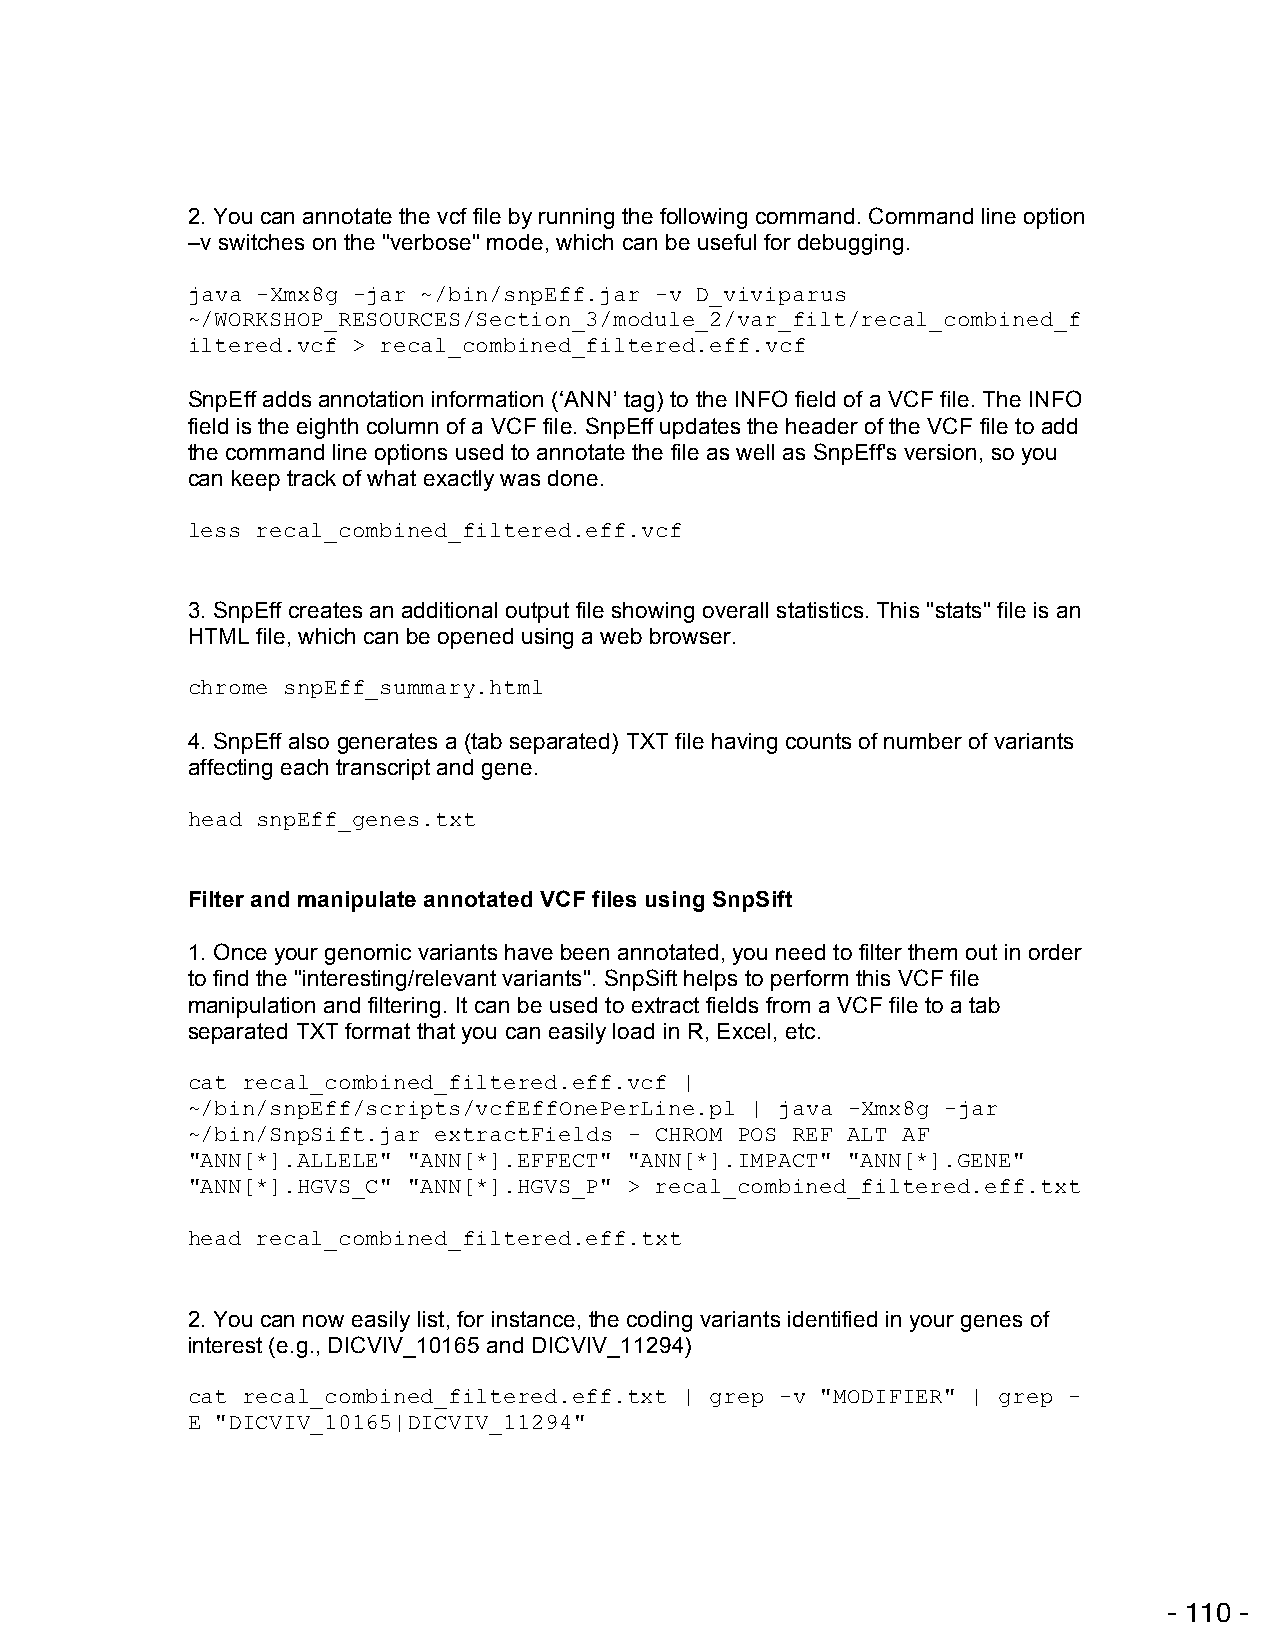
2. You can annotate the vcf file by running the following command. Command line option
 –v switches on the "verbose" mode, which can be useful for debugging.
 java -Xmx8g -jar ~/bin/snpEff.jar -v D_viviparus
 ~/WORKSHOP_RESOURCES/Section_3/module_2/var_filt/recal_combined_f
 iltered.vcf > recal_combined_filtered.eff.vcf
 SnpEff adds annotation information (‘ANN’ tag) to the INFO field of a VCF file. The INFO
 field is the eighth column of a VCF file. SnpEff updates the header of the VCF file to add
 the command line options used to annotate the file as well as SnpEff's version, so you
 can keep track of what exactly was done.
 less recal_combined_filtered.eff.vcf
 3. SnpEff creates an additional output file showing overall statistics. This "stats" file is an
 HTML file, which can be opened using a web browser.
 chrome snpEff_summary.html
 4. SnpEff also generates a (tab separated) TXT file having counts of number of variants
 affecting each transcript and gene.
 head snpEff_genes.txt
 Filter and manipulate annotated VCF files using SnpSift
 1. Once your genomic variants have been annotated, you need to filter them out in order
 to find the "interesting/relevant variants". SnpSift helps to perform this VCF file
 manipulation and filtering. It can be used to extract fields from a VCF file to a tab
 separated TXT format that you can easily load in R, Excel, etc.
 cat recal_combined_filtered.eff.vcf |
 ~/bin/snpEff/scripts/vcfEffOnePerLine.pl | java -Xmx8g -jar
 ~/bin/SnpSift.jar extractFields - CHROM POS REF ALT AF
 "ANN[*].ALLELE" "ANN[*].EFFECT" "ANN[*].IMPACT" "ANN[*].GENE"
 "ANN[*].HGVS_C" "ANN[*].HGVS_P" > recal_combined_filtered.eff.txt
 head recal_combined_filtered.eff.txt
 2. You can now easily list, for instance, the coding variants identified in your genes of
 interest (e.g., DICVIV_10165 and DICVIV_11294)
 cat recal_combined_filtered.eff.txt | grep -v "MODIFIER" | grep -
 E "DICVIV_10165|DICVIV_11294"